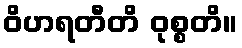
ဝိဟရတီတိ ဝုစ္စတိ။